Vaccination in Burma 1889-1999 - 1889-1999
Year: 1889
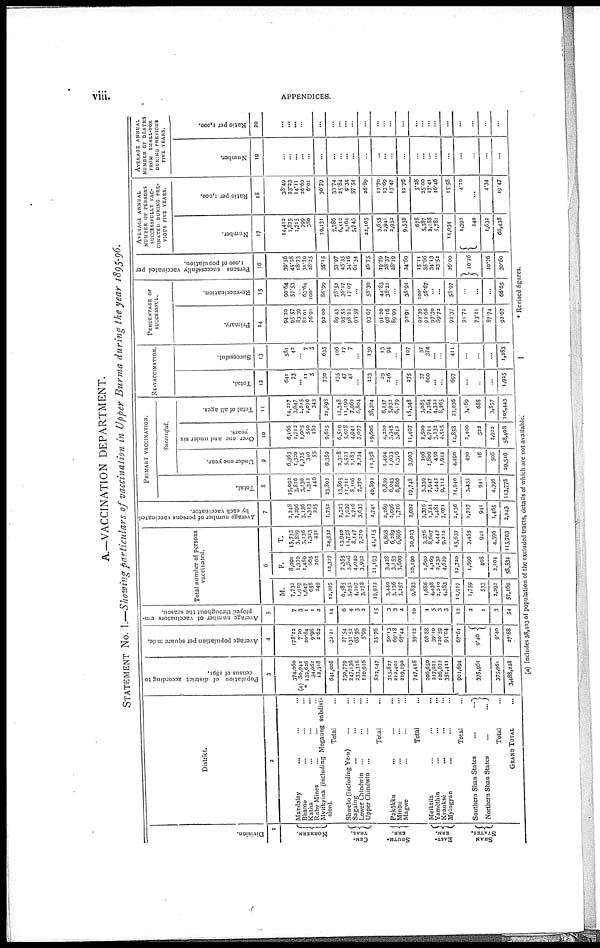
viii.
APPENDICES.
A.—VACCINATION DEPARTMENT.
STATEMENT No. I.—Showing particulars of vaccination in Upper Burma during the year 1895-96.
Division.
1
NORHERN.
CEN-
TRAL.
SOUTH-
ERN.
EAST-
ERN.
SHAN
STATES.
District.
2
Mandalay ... ... ...
Bhamo ... ... ...
Katha ... ... ...
Ruby Mines ... ... ...
Myitkyina (including Mogaung subdivi-
sion).
Total ...
Shwebo (including Ye-u) ... ...
Sagaing ... ... ...
Lower Chindwin
... ... ...
Upper Chindwin
... ... ...
Total ...
Pakôkku ... ... ...
Minbu ... ... ...
Magwe ... ... ...
Total ...
Meiktila ... ... ...
Yamèthin ... ... ...
Kyauksè ... ... ...
Myingyan ... ... ...
Total ...
Southern Shan States
...
...
Northern Shan States
...
...
Total ...
GRAND TOTAL ...
Population of district according to
census of 1891.
3
374,060
(a) 80,942
* 139,626
34,062
12,318
641,008
230,779
247,136
233,316
110,916
822,147
315,827
212,401
219,190
747,418
206,650
217,011
126,622
351,411
901,694
375,961
375,961
3,488,228
Average population per square mile.
4
178.12
7.20
20.84
9.98
2.62
32.21
27.54
131.52
68.56
5.99
25.76
50.13
69.18
67.44
59.22
68.88
39.10
120.59
94.04
67.61
9.40
9.40
27.88
Average number of vaccinators em-
ployed throughout the season.
5
7
3
1
1
2
14
6
4
3
2
15
3
3
4
10
1
5
3
3
12
2
1
3
54
Total number of persons
vaccinated.
6
M.
7,732
1,919
1,647
658
249
12,205
6,585
5,952
4,107
3,278
19,922
3,440
3,136
3,257
9,833
1,686
4,438
2,210
4,583
12,917
1,759
533
2,292
57,169
F.
8,001
1,970
1,489
665
202
12,327
7,355
5,806
4,040
3,992
21,193
3,428
3,153
3,609
10,190
1,690
4,169
2,232
4,629
12,720
1,696
408
2,104
58,534
T.
15,733
3,889
3,136
1,323
451
24,532
13,940
11,758
8,147
7,270
41,115
6,868
6,289
6,866
20,023
3,376
8,607
4,442
9,212
25,637
3,455
941
4,396
115,703
Average number of persons vaccinated
by each vaccinator.
7
2,248
1,296
3,136
1,323
225
1,752
2,323
2,939
2,716
3,635
2,741
2,289
2,096
1,716
2,002
3,376
1,721
1,481
3,071
2,136
1,727
941
1,465
2,143
PRIMARY VACCINATION.
Total.
8
15,092
3,816
3,136
1,312
446
23,802
13,805
11,711
8,106
7,270
40,892
6,839
6,043
6,866
19,748
3,339
7,947
4,442
9,212
24,940
3,455
941
4,396
113,778
Successful.
Under one year.
9
6,363
1,320
1,275
346
55
9,359
2,318
5,523
1,183
2,234
11,258
1,494
1,033
1,376
3,903
296
1,800
450
1,944
4,490
490
16
506
29,516
Over one and under six
years.
10
6,166
1,712
1,005
550
182
9,615
6,510
5,078
4,941
3,077
19,606
4,220
3,345
3,842
11,407
2,500
4,711
3,132
4,515
14,858
2,400
522
2,922
58,408
Total of all ages.
11
14,217
3,647
2,615
1,076
343
21,898
12,348
11,190
7,962
6,804
38,304
6,237
5,932
6,179
18,348
3,085
7,364
4,322
8,265
23,036
3,169
688
3,857
105,443
RE-VACCINATION.
Total.
12
641
73
...
11
5
730
135
47
41
...
223
29
246
...
275
37
660
...
...
697
...
...
...
1,925
Successful.
13
581
42
...
7
5
635
106
17
7
...
130
13
94
...
107
37
374
...
...
411
...
...
...
1,283
PERCENTAGE OF
SUCCESSFUL.
Primary.
14
94.20
95.57
83.39
82.01
76.91
92.00
89.45
95.55
98.22
93.59
93.67
91.20
98.16
89.99
92.91
92.39
92.66
97.30
89.72
92.37
91.72
73.11
87.74
92.67
Re-vaccination.
15
90.64
57.53
...
63.64
100.
86.99
78.52
36.17
17.07
...
58.30
44.83
38.21
...
38.91
100.
56.67
...
...
58.97
...
...
...
66.65
Persons successfully vaccinated per
1,000 of population.
16
39.56
45.58
18.73
31.79
28.25
35.15
53.97
45.35
34.16
61.34
46.75
19.79
28.37
28.19
24.69
15.11
35.66
34.13
23.52
26.00
10.26
10.26
30.60
AVERAGE ANNUAL
NUMBER OF PERSONS
SUCCESSFULLY VAC-
CINATED DURING PRE-
VIOUS FIVE YEARS.
Number.
17
14,412
1,825
1,715
799
380
19,131
7,786
6,412
2,164
5,743
22,105
3,655
2,941
2,952
9,538
678
5,387
2,188
5,781
14,034
1,393
240
1,633
66,438
Ratio per 1,000.
18
38.49
23.23
14.11
26.60
6.01
30.79
33.74
25.84
9.34
57.54
26.89
11.70
13.69
13.47
12.76
3.28
25.00
17.41
16.46
15.58
4.10
...
4.34
19.47
AVERAGE ANNUAL
NUMBER OF DEATHS
FROM
SMALL-POX
DURING PREVIOUS
FIVE YEARS.
Number.
19
...
...
...
...
...
...
...
...
...
...
...
...
...
...
...
...
...
...
...
...
...
...
...
...
Ratio per 1,000.
20
...
...
...
...
...
...
...
...
...
...
...
...
...
...
...
...
...
...
...
...
...
...
...
...
(a) Includes 38,403 of population of the excluded tracts, details of which are not available.
* Revised figures.